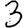
Digit: 3